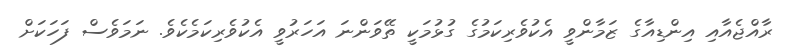
ރާއްޖެއާއި އިންޑިއާގެ ޒަމާންވީ އެކުވެރިކަމުގެ ގުޅުމަކީ ތޭވަންނަ އަހަރުވީ އެކުވެރިކަމެކެވެ. ނަމަވެސް ފަހަކަށް